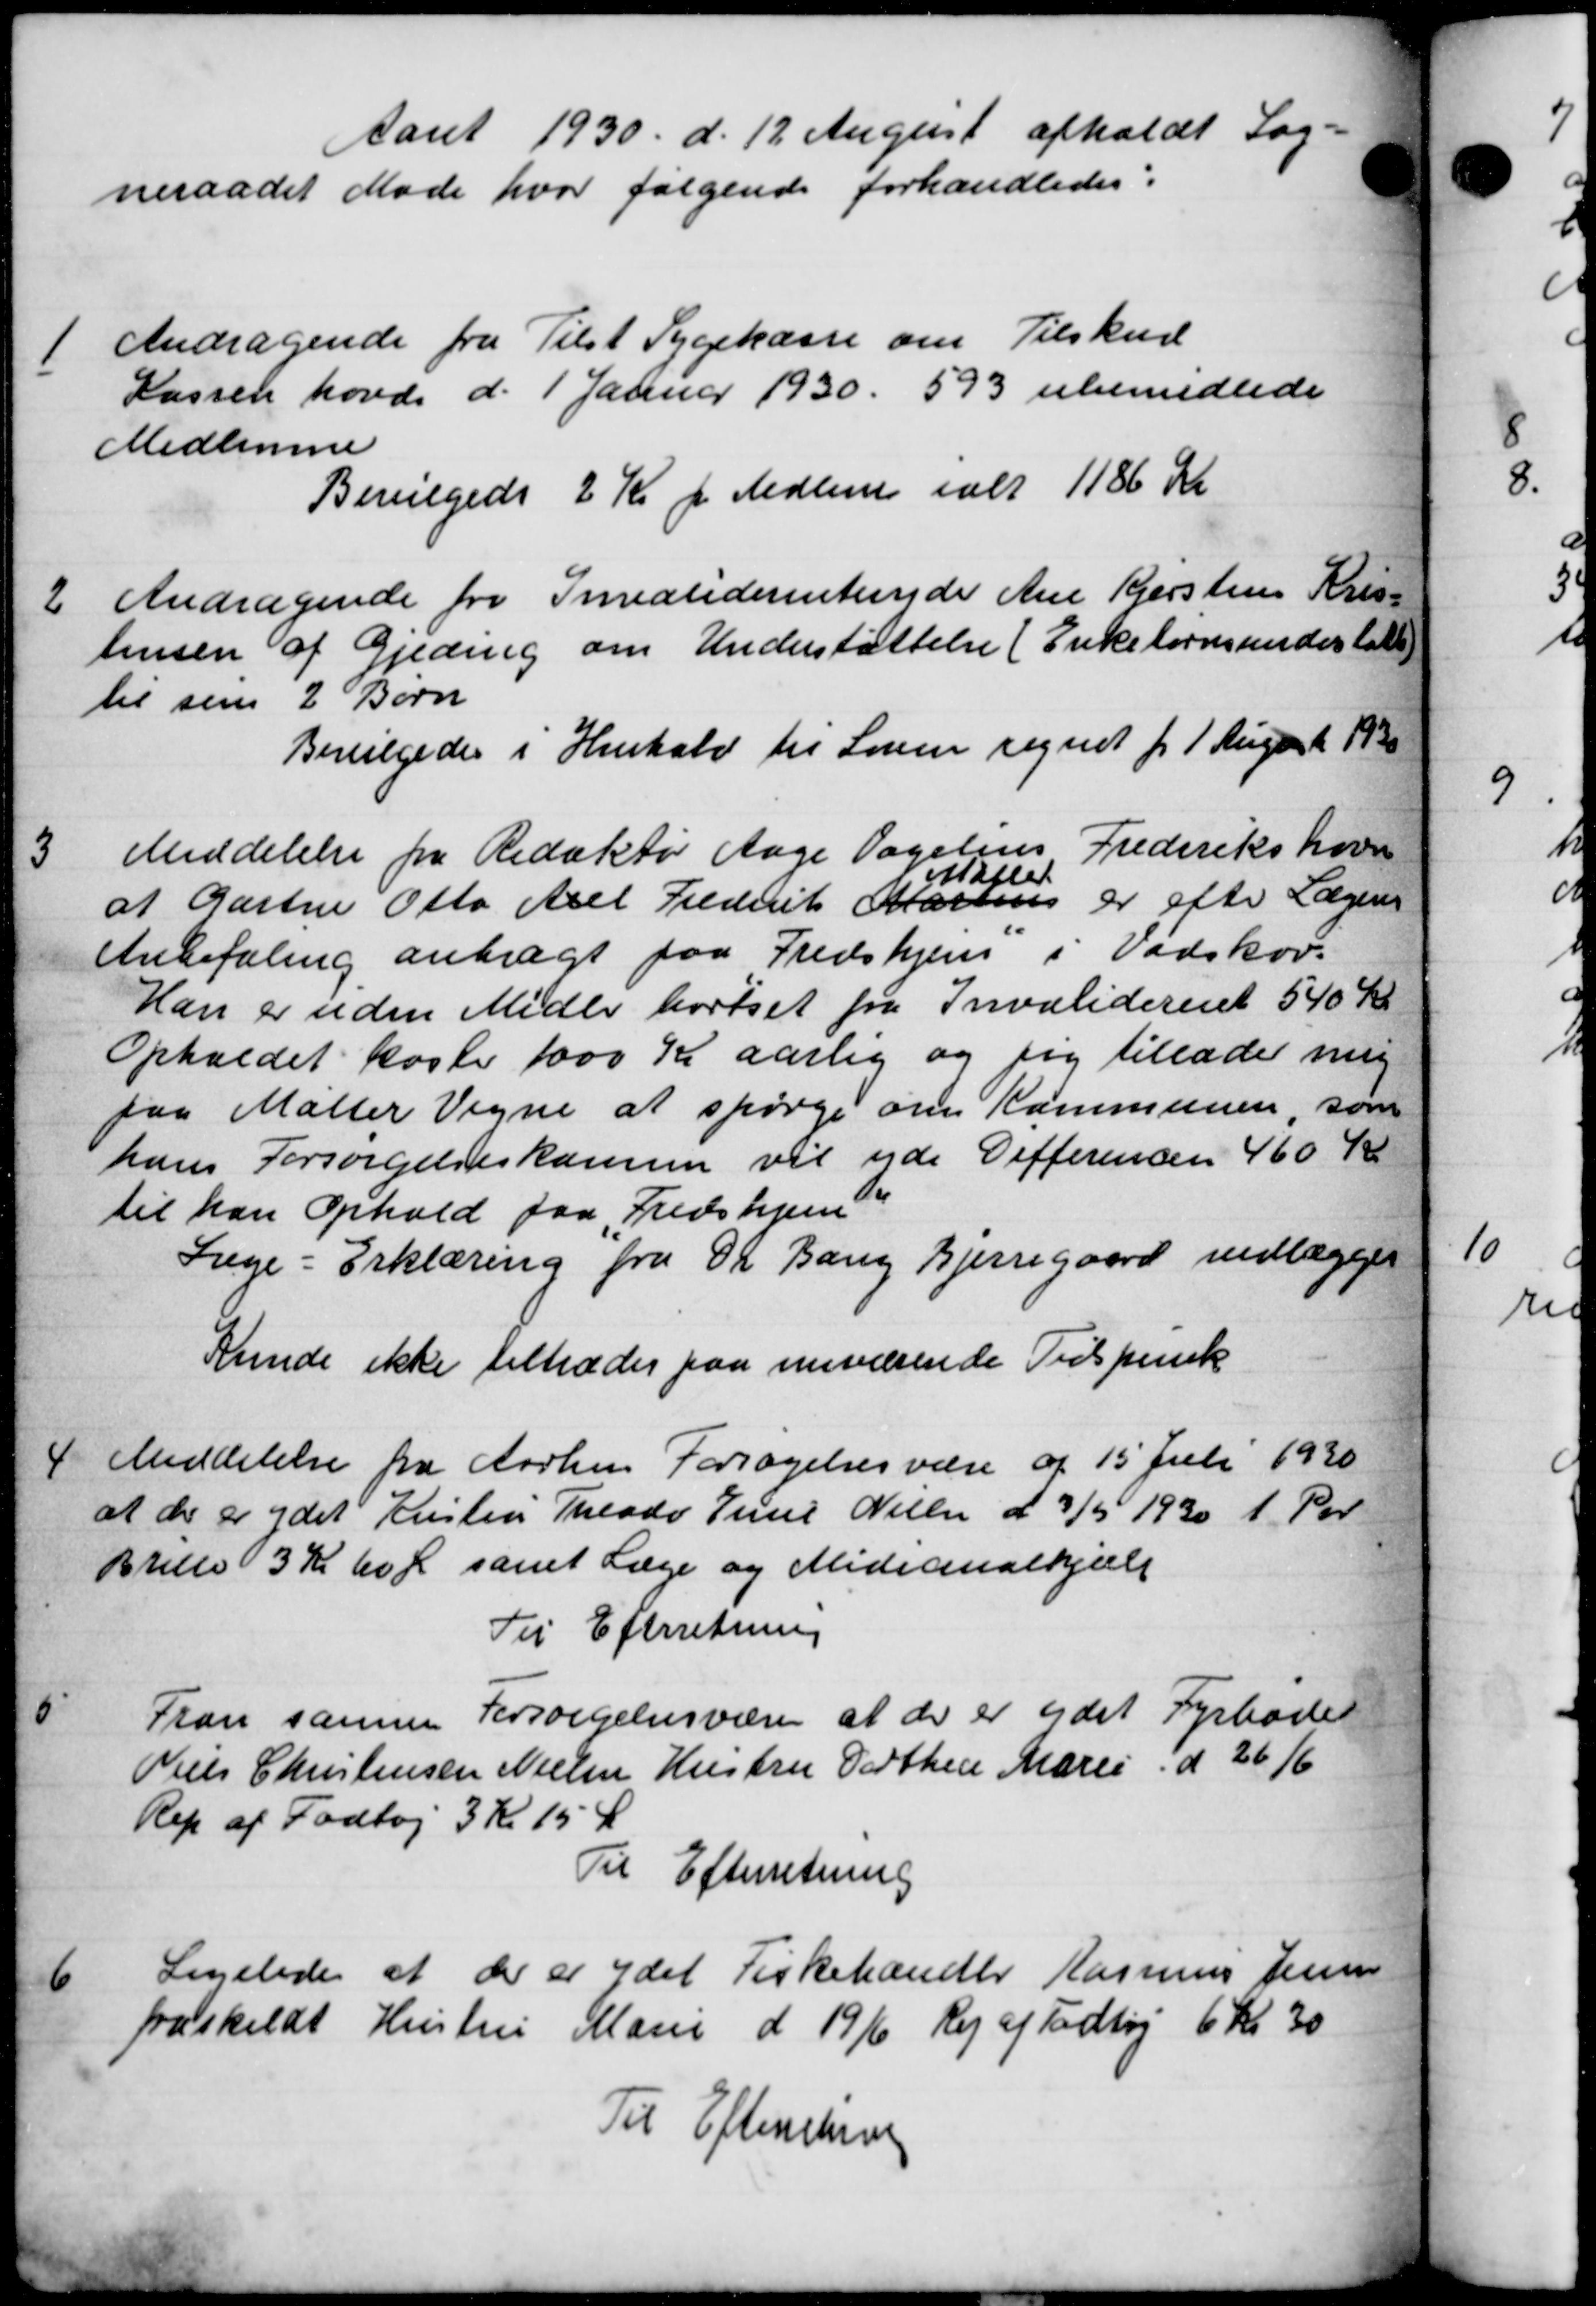
Transskription:
Aaret 1930 d. 12 August afholdt Sog-
neraadet Møde hvor følgende forhandledes:
1
Andragende fra Tilst Sygekasse om Tilskud
Kassen havde d. 1 Januar 1930. 593 ubemidlede
Medlemmer
Bevilgedes 2 Kr pr Medlem ialt 1186 Kr
2
Andragende fra Invaliderentende Ane Kjerstens Kris-
tensen af Gjeding om Understøttelse (Enkebørnsunderstøtte
til sine 2 Børn
Bevilgedes i Henhold til Loven regnet fr 1 August 1930
3
Meddelelse fra Redaktør Aage tagelens Frederikshove
af Gartne Otto Axel Frederik Martius er efter Lægeren
Møller
af Gartne Otto Axel Frederik Martius er efter Lægeren
Anbefaling anbragt paa Fredshjem i Vadskov-
Han er uden Midle bortset fra Invaliderent 540 Kr
Opholdet koste 1000 Kr aarlig og sig tillader mig
paa Malter Vegne at spørge om Kommunen som
hans Forsørgelseskassen vil yde Gifferencen 460 K
til han Ophold paa Fredshjem
Læge - Erklæring fra Dr. Bang Bjerregaard vedlægges
Kunde ikke tiltrædes paa nuværende Tidspunk
4
Meddelelse fra Aarhus Forsøgelsesvære af 15 Juli 1930
at der er ydet Kristen Theodo Juul Nielsen d 3/5 1930 1 Por
Brille 3 Kr kom samt Læge og Midicinalhjælp
Til Efterretning
Tran samme Forsørgelsesvæsen at der er ydet Fyrbøde
5
Niels Christensen Nielsen Hustru Dorthea Marie d 26/6
Rep af Fodtøj 3 Kr 15 Ø
Til Efterretning
6
Ligeledes at der er ydet Fiskehandler Rasmus Jensen
fraskildt Hustru Marie d 1916 Rej af Fodtøj 6 kr 30
Til Efterretning